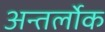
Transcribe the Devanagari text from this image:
अन्तर्लोक